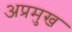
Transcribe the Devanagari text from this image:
अप्रमुख